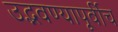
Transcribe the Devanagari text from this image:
उद्भवण्यापूर्वीच